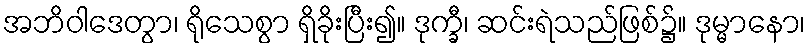
အဘိဝါဒေတွာ၊ ရိုသေစွာ ရှိခိုးပြီး၍။ ဒုက္ခီ၊ ဆင်းရဲသည်ဖြစ်၌။ ဒုမ္မာနော၊